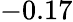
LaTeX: -0.17